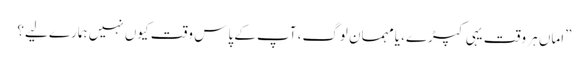
”اماں ہر وقت یہی کپڑے، یامہمان لوگ، آپ کے پاس وقت کیوں نہیں ہمارے لیے؟